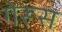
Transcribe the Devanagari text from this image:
गेरूस